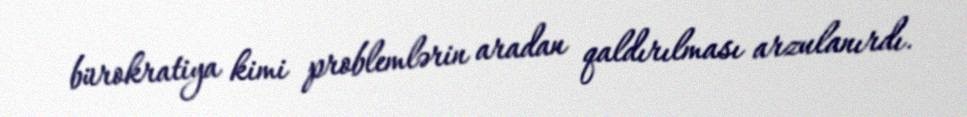
bürokratiya kimi problemlərin aradan qaldırılması arzulanırdı.